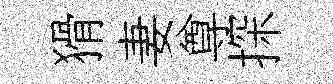
猾妻尊探